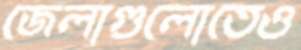
জেলাগুলোতেও